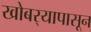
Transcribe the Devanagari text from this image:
खोबर्‍यापासून